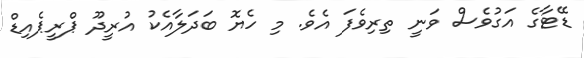
ޑޭޓާގެ އަގުވެސް ވަނީ ތިރިވެފަ އެވެ. މި ހެޔޮ ބަދަލާއެކު އުރީދޫ ޕްރީޕެއިޑް